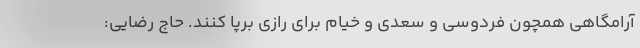
آرامگاهی همچون فردوسی و سعدی و خیام برای رازی برپا کنند. حاج رضایی: